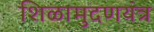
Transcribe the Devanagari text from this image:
शिळामुदणयंत्र